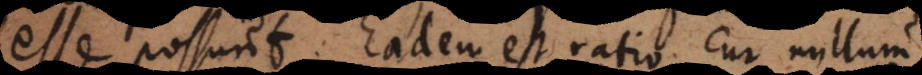
esse possunt. Eadem est ratio cur nullum